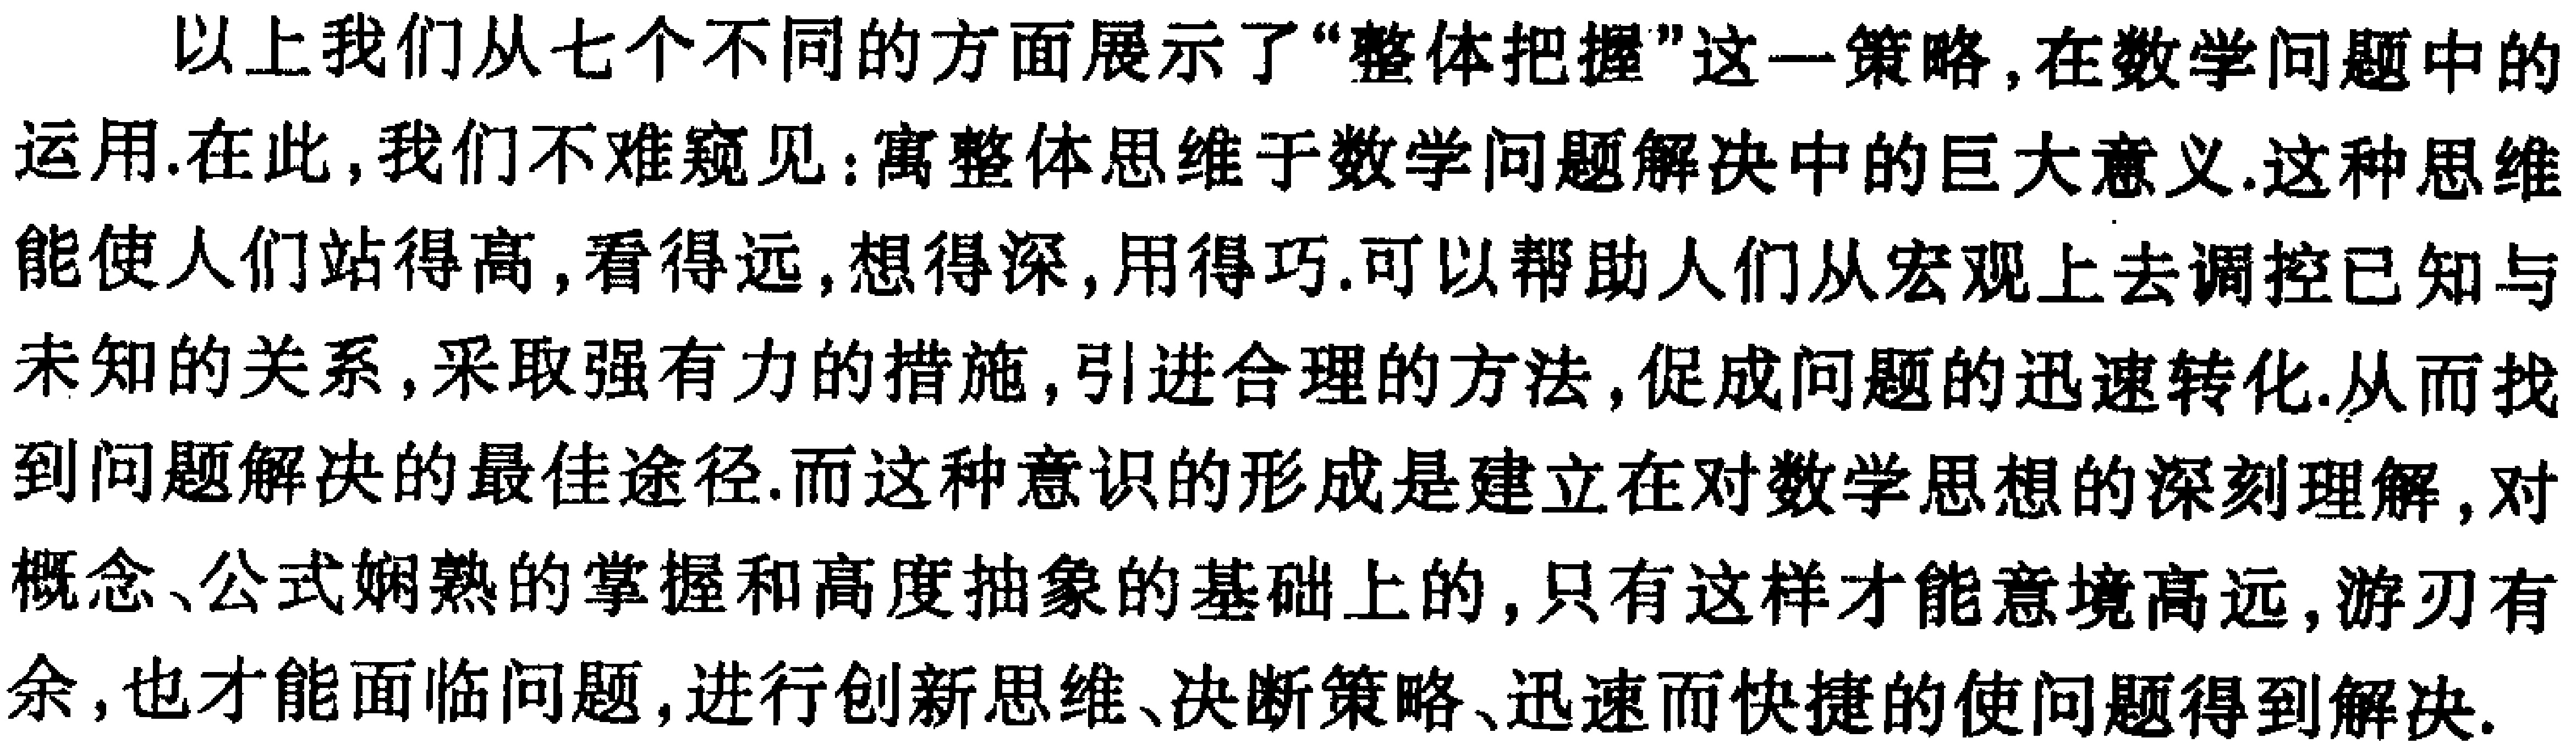
以上我们从七个不同的方面展示了“整体把握”这一策略,在数学问题中的运用.在此,我们不难窥见:寓整体思维于数学问题解决中的巨大意义.这种思维能使人们站得高,看得远,想得深,用得巧.可以帮助人们从宏观上去调控已知与未知的关系,采取强有力的措施,引进合理的方法,促成问题的迅速转化.从而找到问题解决的最佳途径.而这种意识的形成是建立在对数学思想的深刻理解,对概念、公式娴熟的掌握和高度抽象的基础上的,只有这样才能意境高远,游刃有余,也才能面临问题,进行创新思维、决断策略、迅速而快捷的使问题得到解决.